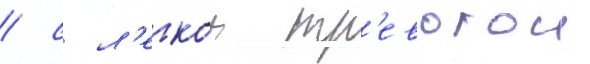
/ с л'егкои тр'евогои